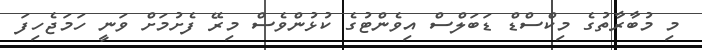
މި މުބާރާތުގެ މިކްސްޑް ޑަބަލްސް އިވެންޓުގެ ކުޅުންވެސް މިރޭ ފެށުމަށް ވަނީ ހަމަޖެހިފަ